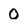
Character: 0